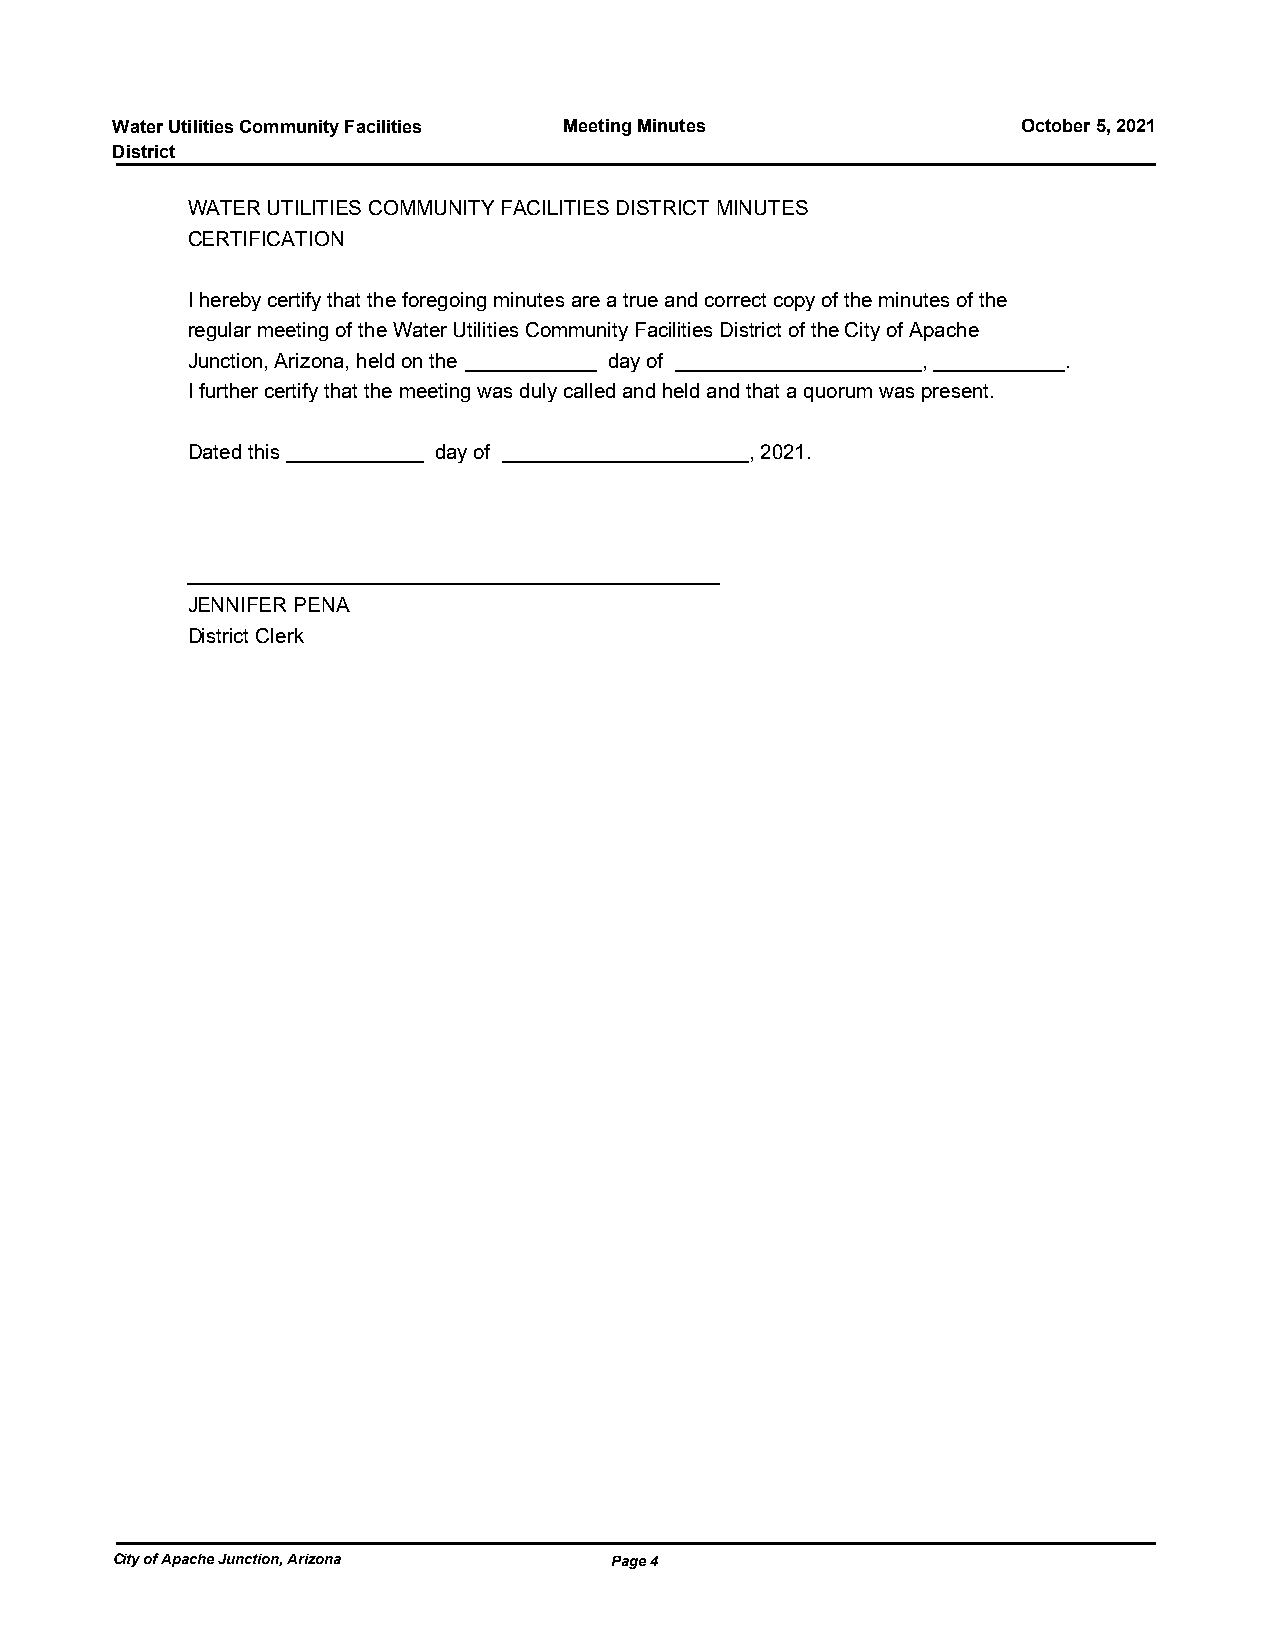
Water Utilities Community Facilities Meeting Minutes         October 5, 2021
 District
 WATER UTILITIES COMMUNITY FACILITIES DISTRICT MINUTES
 CERTIFICATION
 I hereby certify that the foregoing minutes are a true and correct copy of the minutes of the
 regular meeting of the Water Utilities Community Facilities District of the City of Apache
 Junction, Arizona, held on the day of            ,         .
 I further certify that the meeting was duly called and held and that a quorum was present.
 Dated this       day of               , 2021.
 JENNIFER PENA
 District Clerk
 City of Apache Junction, Arizona Page 4